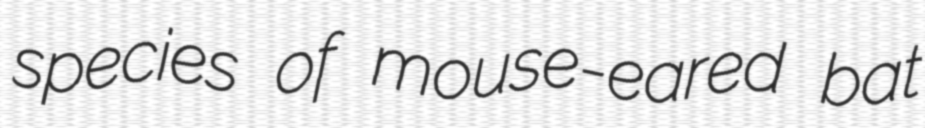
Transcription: species of mouse-eared bat